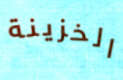
الخزينة